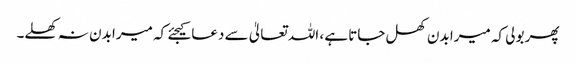
پھر بولی کہ میرا بدن کھل جاتا ہے ، اللہ تعالیٰ سے دعا کیجئے کہ میرا بدن نہ کھلے۔